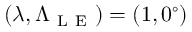
( \lambda , \Lambda _ { \mathrm { ~ L ~ E ~ } } ) = ( 1 , 0 ^ { \circ } )